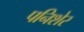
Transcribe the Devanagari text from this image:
पनिशेर